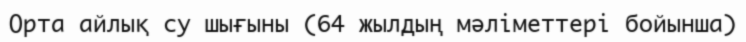
Орта айлық су шығыны (64 жылдың мәліметтері бойынша)